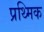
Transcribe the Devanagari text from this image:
प्रथ्मिक